Senior Leaving Certificate Examination (including Day School Certificate (Higher) General paper), 1949
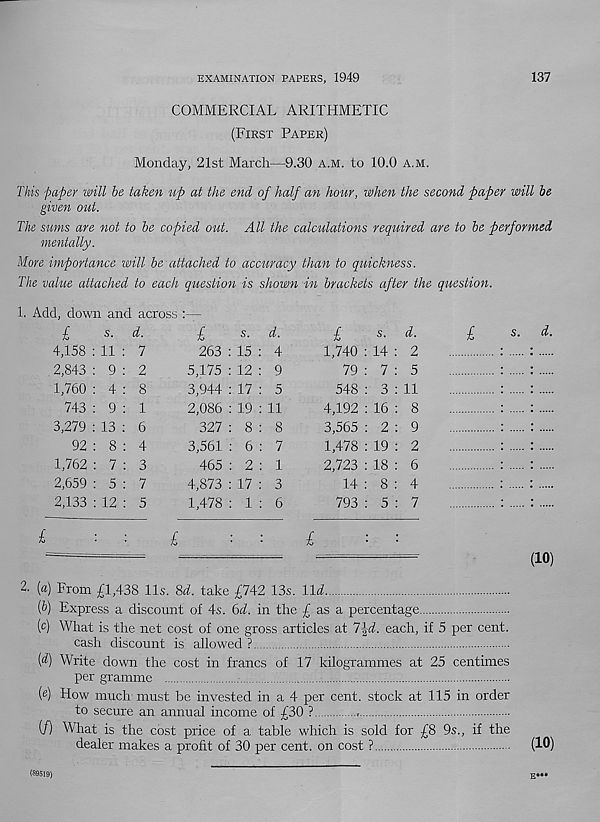
EXAMINATION PAPERS, 1949
137
COMMERCIAL ARITHMETIC
(First Paper)
Monday, 21st March—9.30 a.m. to 10.0 a.m.
This paper will be taken up at the end of half an hour, when the second paper will be
given out.
The sums are not to be copied out. All the calculations required are to be performed
mentally.
More importance will be attached to accuracy than to quickness.
The value attached to each question is shown in brackets after the question.
1. Add, down and across :—
l
s.
d.
4,158 : 11 : 7
2,843 : 9 : 2
1,760 : 4 : 8
743 : 9 : 1
3,279 : 13 : 6
92 : 8 : 4
1,762 : 7 : 3
2,659 : 5 : 7
2,133 : 12 : 5
■ £
s -
d.
263 : 15 : 4
5,175 : 12 : 9
3,944 : 17 : 5
2,086 : 19 : 11
327 : 8 : 8
3,561 : 6 : 7
465 : 2 : 1
4,873 : 17 : 3
1,478 : 1 : 6
l
s.
d.
1,740 : 14 : 2
79 : 7 : 5
548 : 3 : 11
4,192 : 16 : 8
3,565 : 2 : 9
1,478 : 19 : 2
2,723 : 18 : 6
14 : 8 : 4
793 : 5 : 7
l
s.
d.
£
■
■
£
■
■
£
■
■
——
■ ■ —
(10)
2. («) From £1,438 11s. 8d. take £742 13s. lid
f) Express a discount of 4s. 6d. in the £ as a percentage
(c) What is the net cost of one gross articles at 7^d. each, if 5 per cent.
cash discount is allowed ?
(d) Write down the cost in francs of 17 kilogrammes at 25 centimes
per gramme
(e) How much must be invested in a 4 per cent, stock at 115 in order
to secure an annual income of £30 ?
(/) What is the cost price of a table which is sold for £8 9s., if the
dealer makes a profit of 30 per cent, on cost ?
(10)
(89519)
E***